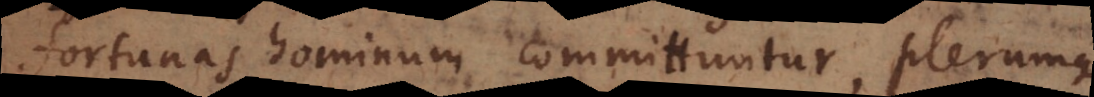
fortunas hominum committuntur, plerumque